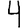
Digit: 4